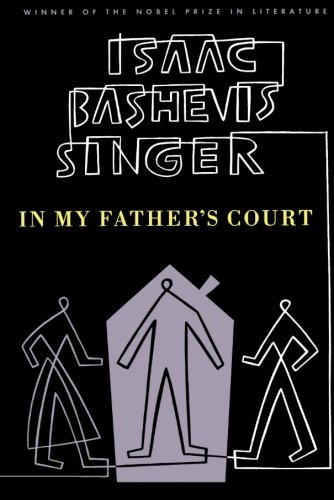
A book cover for In My Father's Court; Isaac Bashevis Singer; Science Fiction & Fantasy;